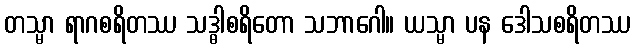
တသ္မာ ရာဂစရိတဿ သဒ္ဓါစရိတော သဘာဂေါ။ ယသ္မာ ပန ဒေါသစရိတဿ